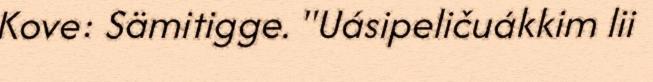
Kove: Sämitigge. "Uásipeličuákkim lii